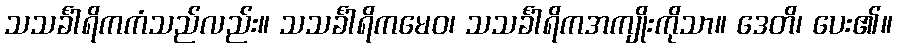
သသင်္ခါရိကကံသည်လည်း။ သသင်္ခါရိကမေဝ၊ သသင်္ခါရိကအကျိုးကိုသာ။ ဒေတိ၊ ပေး၏။